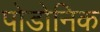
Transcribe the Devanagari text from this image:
पोडोनिक